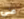
علي